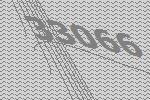
33066